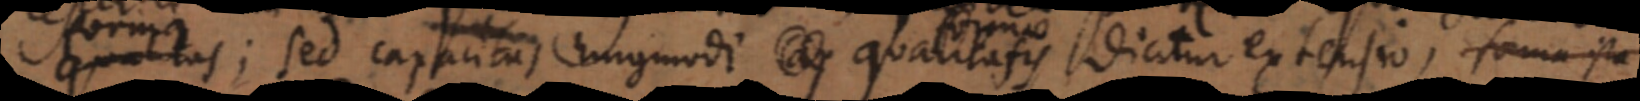
qualitas;; sed capacitas hujusmodi qualitatis dicitur extensio, forma ista